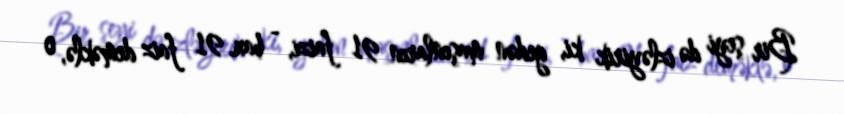
Bir şeyi də izləyirik ki, gedən maşınların 91 faizi, - bax, 91 faiz deməklə, o